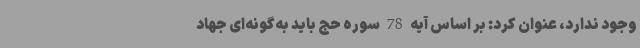
وجود ندارد، عنوان کرد: بر اساس آیه 78 سوره حج باید به‌گونه‌ای جهاد